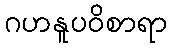
ဂဟနူပဝိစာရာ